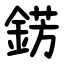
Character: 錺